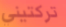
تركتيني